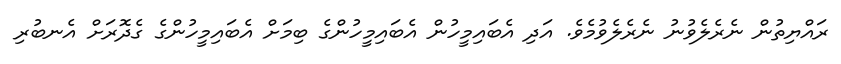
ރައްޔިތުން ނެރެލެވުނު ނެރެލެވުމެވެ. އަދި އެބައިމީހުން އެބައިމީހުންގެ ބިމަށް އެބައިމީހުންގެ ގެދޮރަށް އެނބުރި